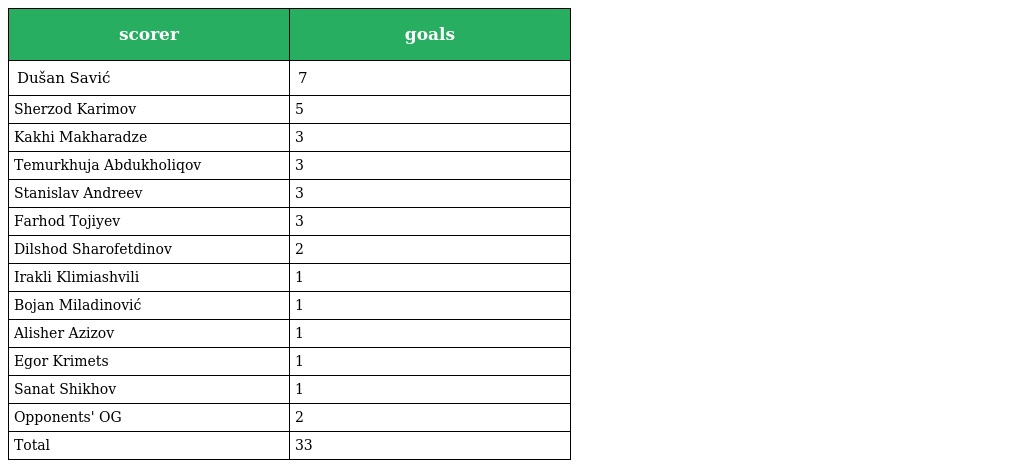
| scorer | goals |
 | --- | --- |
 | Dušan Savić | 7 |
 | Sherzod Karimov | 5 |
 | Kakhi Makharadze | 3 |
 | Temurkhuja Abdukholiqov | 3 |
 | Stanislav Andreev | 3 |
 | Farhod Tojiyev | 3 |
 | Dilshod Sharofetdinov | 2 |
 | Irakli Klimiashvili | 1 |
 | Bojan Miladinović | 1 |
 | Alisher Azizov | 1 |
 | Egor Krimets | 1 |
 | Sanat Shikhov | 1 |
 | Opponents' OG | 2 |
 | Total | 33 |